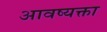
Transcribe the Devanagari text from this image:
आवष्यक्ता